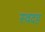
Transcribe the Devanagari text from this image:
स्वदह